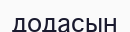
додасын